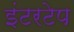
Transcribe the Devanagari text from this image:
इंटरटेप